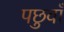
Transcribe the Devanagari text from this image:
पछुवाँ